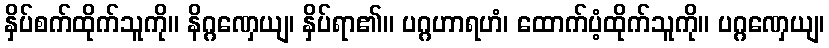
နှိပ်စက်ထိုက်သူကို။ နိဂ္ဂဏှေယျ၊ နှိပ်ရာ၏။ ပဂ္ဂဟာရဟံ၊ ထောက်ပံ့ထိုက်သူကို။ ပဂ္ဂဏှေယျ၊